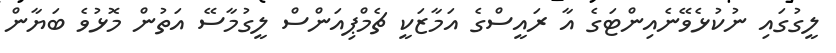
ލީގުގައި ނުކުޅެވޭނެއިންޓަގެ އާ ރައީސްގެ އަމާޒަކީ ޗެމްޕިއަންސް ލީގުމާސޭ އަތުން މޮޅުވެ ބަޔާން